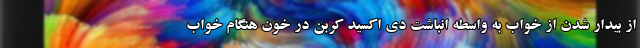
از بیدار شدن از خواب به واسطه انباشت دی اکسید کربن در خون هنگام خواب